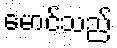
မောင်သည်